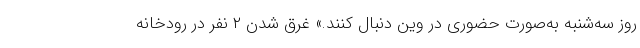
روز سه‌شنبه به‌صورت حضوری در وین دنبال کنند.» غرق شدن ۲ نفر در رودخانه